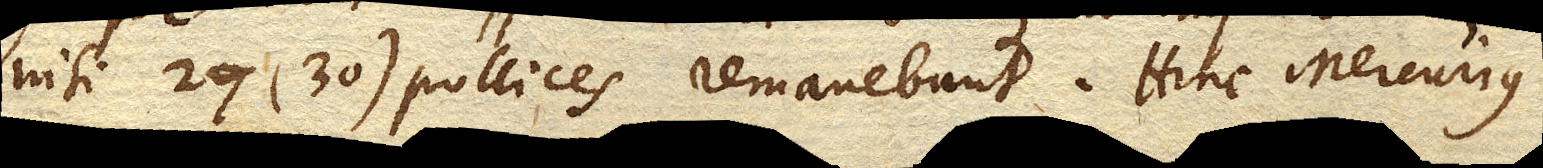
nisi 27 (30) pollices remanebunt. Hinc Mercurius